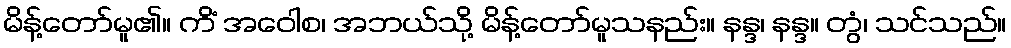
မိန့်တော်မူ၏။ ကိံ အဝေါစ၊ အဘယ်သို့ မိန့်တော်မူသနည်း။ နန္ဒ၊ နန္ဒ။ တွံ၊ သင်သည်။